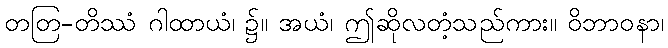
တတြ-တိဿံ ဂါထာယံ၊ ၌။ အယံ၊ ဤဆိုလတံ့သည်ကား။ ဝိဘာဝနာ၊